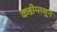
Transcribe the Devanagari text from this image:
कडीपासून